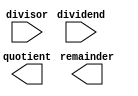
module radix2_srt_divider(
  input wire [15:0] dividend,
  input wire [15:0] divisor,
  output wire [15:0] quotient,
  output wire [15:0] remainder
);

  // Add your Verilog code for Radix-2 SRT Divider design here

endmodule